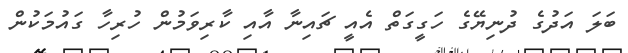
ބަލަ އަދުގެ ދުނިޔޭގެ ހަގީގަތް އެއީ ޗައިނާ އާއި ކާރިވަމުން ހުރިހާ ގައުމަކުން